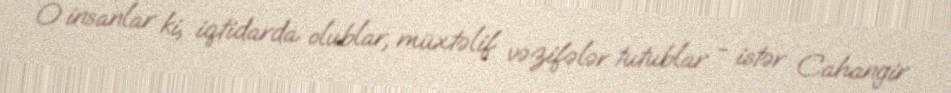
O insanlar ki, iqtidarda olublar, müxtəlif vəzifələr tutublar - istər Cahangir